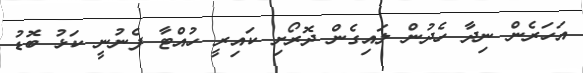
އަހަރެން ނިދާ ހެދުން ލައިގެން ދޮރޯށި ކައިރީ ހުއްޓާ ފެނުނީ ކަޅު ބޮޑު